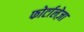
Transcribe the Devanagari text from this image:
फोर्टालेज़ा